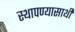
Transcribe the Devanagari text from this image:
स्थापण्यासाथी